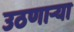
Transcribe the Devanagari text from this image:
उठणार्‍या